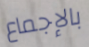
بالإجماع